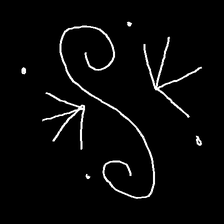
Glyph: aeroform